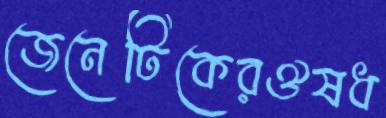
জেনেটিকেরঔষধ